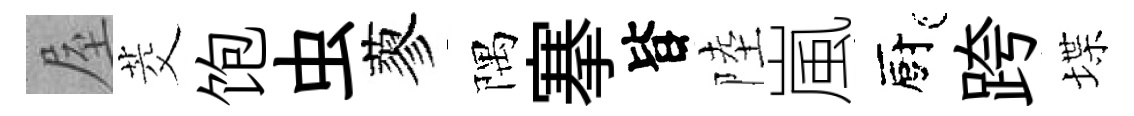
屋茭饱虫蓼隅搴𣅜陸嵐廚跨堞